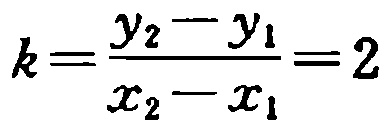
\(k=\frac{y_{2}-y_{1}}{x_{2}-x_{1}}=2\)